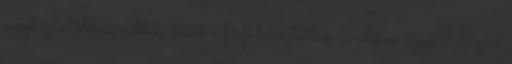
megbízhatóbbak voltak, mint a férfi beosztottak Érdekes, ugye? Ezért